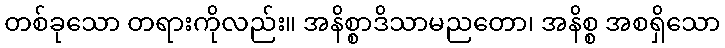
တစ်ခုသော တရားကိုလည်း။ အနိစ္စာဒိသာမညတော၊ အနိစ္စ အစရှိသော